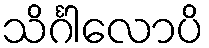
သိင်္ဂါလောပိ